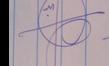
Signature authenticity: genuine